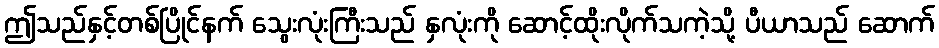
ဤသည်နှင့်တစ်ပြိုင်နက် သွေးလုံးကြီးသည် နှလုံးကို ဆောင့်ထိုးလိုက်သကဲ့သို့ ပီယာသည် ဆောက်